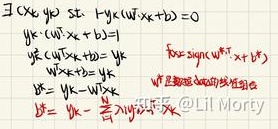
存在 \((x_k,y_k)\) 使得
\[\begin{align*}
&-y_k(w^Tx_k + b)=0\\
&y_k\cdot(w^Tx_k + b)=1\\
&y_k\cdot(w^Tx_k + b)=y_k\\
&w^Tx_k + b=y_k\\
&x_k = y_k - b\\
&y_k=\text{sign}(w^T\cdot x_k + b)
\end{align*}\]
这里疑似是超平面的线性判别